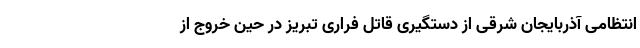
انتظامی آذربایجان شرقی از دستگیری قاتل فراری تبریز در حین خروج از